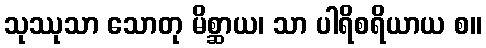
သုဿုသာ သောတု မိစ္ဆာယ၊ သာ ပါရိစရိယာယ စ။